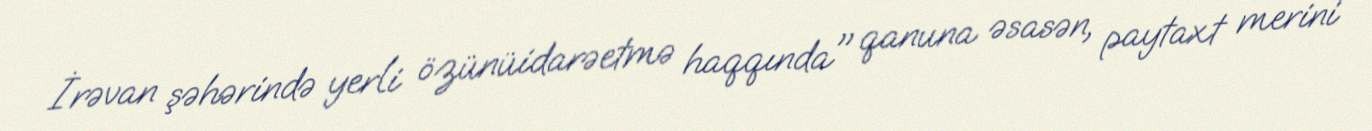
İrəvan şəhərində yerli özünüidarəetmə haqqında" qanuna əsasən, paytaxt merini